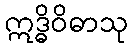
ဣဒ္ဓိဝိဓာသု